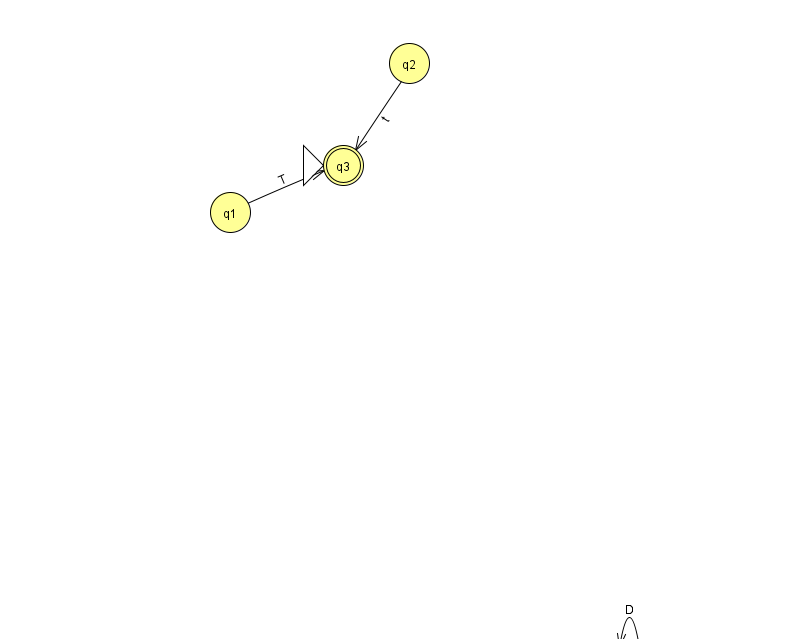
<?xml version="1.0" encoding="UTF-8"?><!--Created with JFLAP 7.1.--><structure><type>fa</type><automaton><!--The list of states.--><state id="0" name="q0"><x>629.0</x><y>651.0</y></state><state id="1" name="q1"><x>230.0</x><y>199.0</y></state><state id="2" name="q2"><x>409.0</x><y>50.0</y></state><state id="3" name="q3"><x>343.0</x><y>152.0</y><initial/><final/></state><!--The list of transitions.--><transition><from>1</from><to>3</to><read>T</read></transition><transition><from>0</from><to>0</to><read>D</read></transition><transition><from>2</from><to>3</to><read>t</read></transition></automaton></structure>